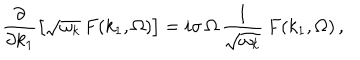
\frac { \partial } { \partial k _ { 1 } } \left[ \sqrt { \omega _ { k } } \, F ( k _ { 1 } , \Omega ) \right] = i \sigma \, \Omega \, \frac { 1 } { \sqrt { \omega _ { k } } } \, F ( k _ { 1 } , \Omega ) \, ,